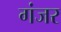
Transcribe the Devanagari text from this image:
गंजर